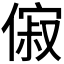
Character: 𬿟